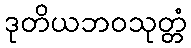
ဒုတိယဘဝသုတ္တံ